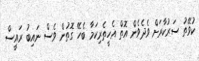
ކުވޭތު ސަރުކާރަށް ވެދެވެން އޮތް އެހީތެރިކަމާ ބެހޭ ގޮތުން ވެސް ނައިބު ރައީސް